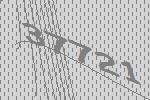
37721